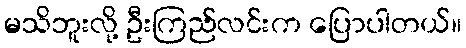
မသိဘူးလို့ ဦးကြည်လင်းက ပြောပါတယ်။